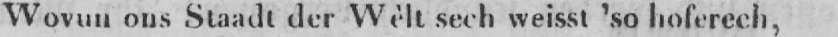
Wovun ons Staadt der Wèlt sech weisst ’so hoferech,